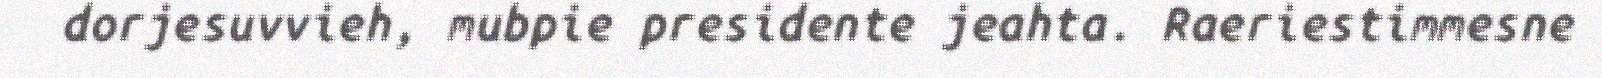
dorjesuvvieh, mubpie presidente jeahta. Raeriestimmesne